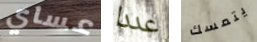
عساي عددا يتمسك